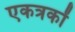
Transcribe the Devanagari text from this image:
एकत्रकों